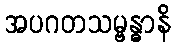
အပဂတသမ္ဗန္ဓာနိ